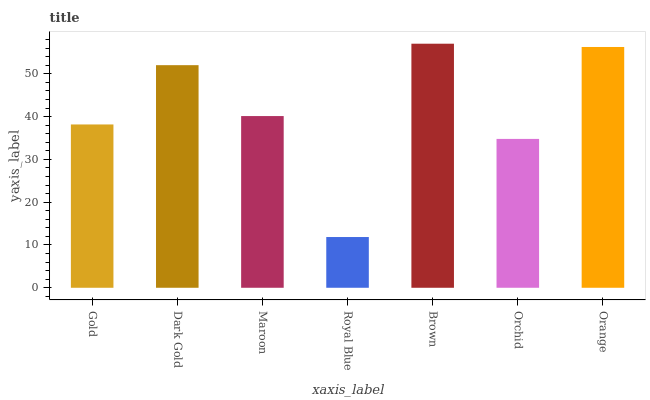
| xaxis_label | bars |
 | --- | --- |
 | Gold | 38.2 |
 | Dark Gold | 52 |
 | Maroon | 40.1 |
 | Royal Blue | 11.9 |
 | Brown | 57 |
 | Orchid | 34.8 |
 | Orange | 56.3 |